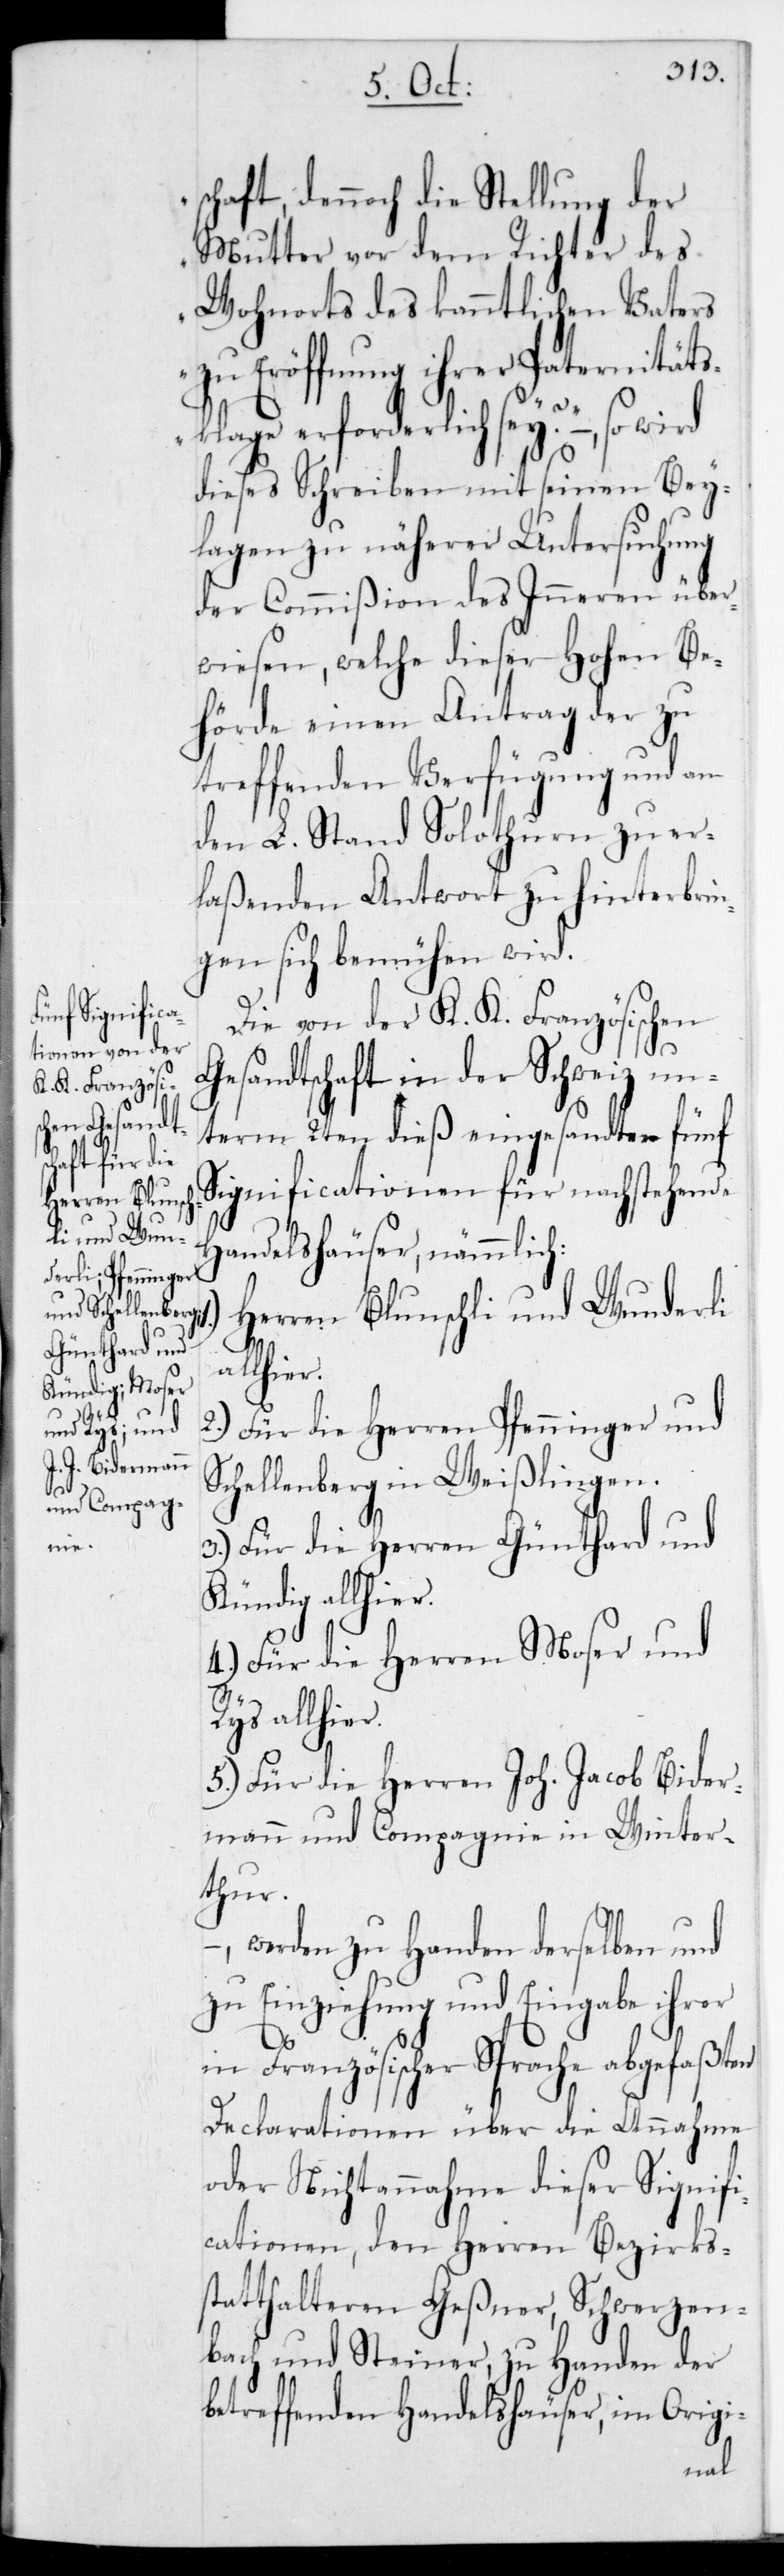
r.

schaft, dennoch die Stellung der
Mutter von dem Richter des
Wohnorts des kanntlichen Vaters
zu Eröffnung ihrer Paternitäts¬
klage erforderlich sey?“ –, so
dieses Schreiben mit seinen Bey¬
lagen zu näherer Untersuchung
der Commißion des Inneren über¬
wiesen, welche dieser Hohen Be¬
hörde einen Antrag der zu
treffenden Verfügung und an
den L. Stand Solothurn zu er¬
laßenden Antwort zu hinterbrin¬
gen sich bemühen wird.
Die von der K. K. Französischen
Gesandtschaft in der Schweiz un¬
term 2ten dieß eingesandten fünf
Significationen für nachstehende
Handelshäuser, nämmlich:
Herren Blunschli und Wunderli,
allhier.
2.) Für die Herren Pfenninger und
Schellenberg in Weißlingen;
3.) Für die Herren Günthard und
Kündig, allhier.
4.) Für die Herren Moser und
Rys allhie¬
5.) Für die Herren Joh. Jacob Bider¬
mann und Compagnie in Winter¬
thur.
–, werden zu Handen derselben und
zu Einziehung und Eingabe ihrer
in Französischer Sprache abgefaßten
Declarationen über die Annahme
oder Nichtannahme dieser Signifi¬
cationen, den Herren Bezirks¬
statthalteren Geßner, Schwerzen¬
bach und Steiner, zu Handen der
betreffenden Handelshäuser, im Origi-